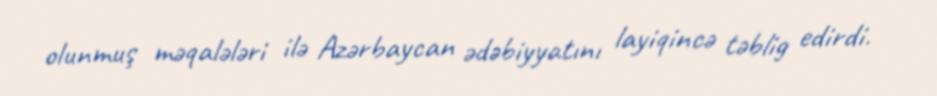
olunmuş məqalələri ilə Azərbaycan ədəbiyyatını layiqincə təblig edirdi.